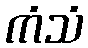
ကံသံ